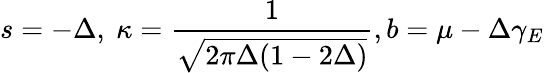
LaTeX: s=-\Delta,\ \kappa=\frac{1}{\sqrt{2\pi\Delta(1-2\Delta)}},b=\mu-\Delta\gamma_{E}